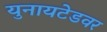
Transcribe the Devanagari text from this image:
युनायटेडवर